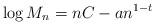
LaTeX: \begin{align*}\log {M_n} = n C - a n^{1-t} \end{align*}